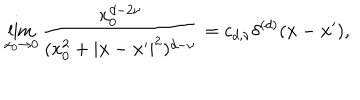
LaTeX: \lim _ { x _ { 0 } \to 0 } { \frac { x _ { 0 } ^ { d - 2 \nu } } { ( x _ { 0 } ^ { 2 } + | { \bf x } - { \bf x } ^ { \prime } | ^ { 2 } ) ^ { d - \nu } } } = c _ { d , \nu } \delta ^ { ( d ) } ( { \bf x } - { \bf x } ^ { \prime } ) ,